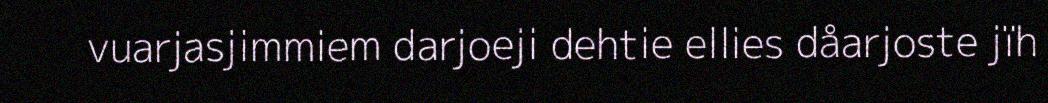
vuarjasjimmiem darjoeji dehtie ellies dåarjoste jïh